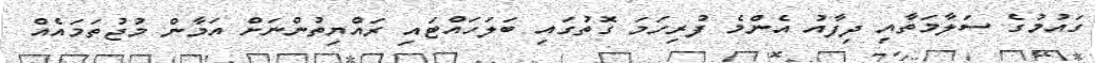
ގައުމުގެ ސަލާމަތާއި ދިފާއު އެންމެ ފުރިހަމަ ގޮތުގައި ބަލަހައްޓައި ރައްޔިތުންނަށް އަމާން މުޖުތަމައެއް